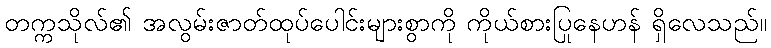
တက္ကသိုလ်၏ အလွမ်းဇာတ်ထုပ်ပေါင်းများစွာကို ကိုယ်စားပြုနေဟန် ရှိလေသည်။